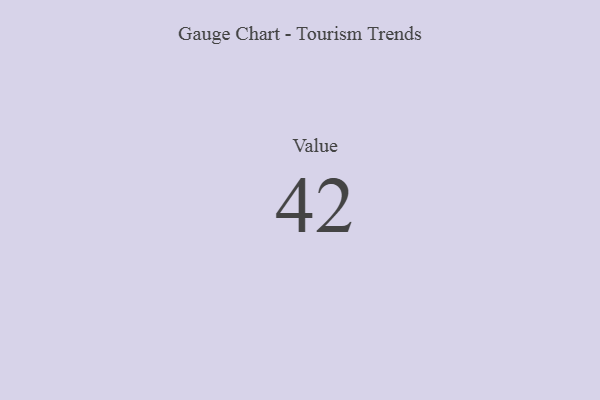
{"axis": {"x": "Metric", "y": "Value"}, "legend": [""], "data": [{"x": "Value", "y": 42, "type": ""}]}